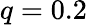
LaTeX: q=0.2